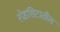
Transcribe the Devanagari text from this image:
स्प्रेडशिटातील